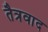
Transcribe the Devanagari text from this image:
तैत्रवाद